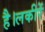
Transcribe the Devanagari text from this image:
है।लकीरें